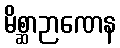
မိစ္ဆာဉာဏေန